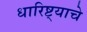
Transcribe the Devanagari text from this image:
धारिष्ट्याचे